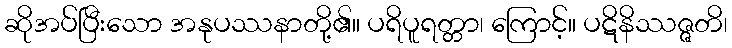
ဆိုအပ်ပြီးသော အနုပဿနာတို့၏။ ပရိပူရတ္တာ၊ ကြောင့်။ ပဋိနိဿဇ္ဇတိ၊